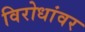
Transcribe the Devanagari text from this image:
विरोधांवर